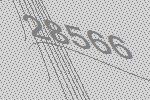
28566